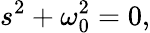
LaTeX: s^{2}+\omega_{0}^{2}=0,